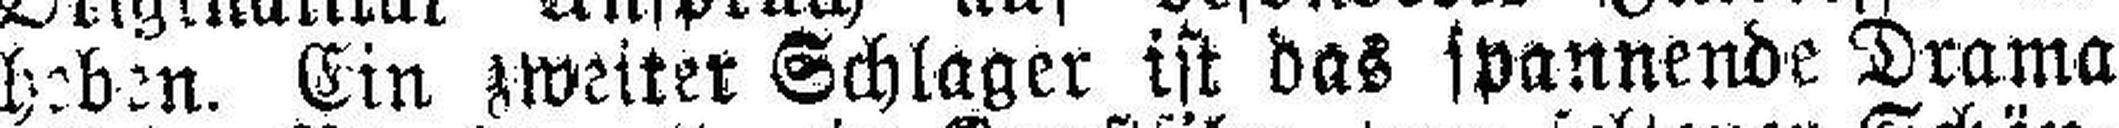
heben. Ein zweiter Schlager ist das spannende Drama